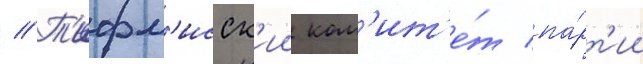
// Т'ифл'исск'ии ком'ит'е́т па́рт'ии